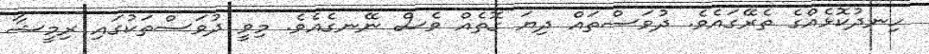
ހިނދުކޮޅެއްގެ ތެރޭގައެވެ. ދުވަސްތައް ދިޔަ ގޮތެއް ވެސް ނޭނގެއެވެ. މިވީ ދުވަސްތަކުގައި ރިމީޝާ